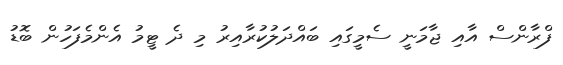
ފްރާންސް އާއި ޖާމަނީ ސެމީގައި ބައްދަލުކުރާއިރު މި ދެ ޓީމު އެންމެފަހުން ބޮޑު